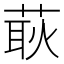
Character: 𦵸